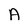
Character: A